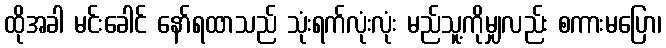
ထိုအခါ မင်းခေါင် နော်ရထာသည် သုံးရက်လုံးလုံး မည်သူ့ကိုမျှလည်း စကားမပြော၊